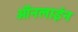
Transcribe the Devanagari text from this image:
ऑंनलाईन